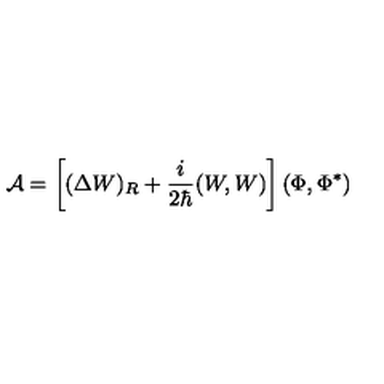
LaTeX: { \cal A } = \left[ ( \Delta W ) _ { R } + \frac { i } { 2 \hbar } ( W , W ) \right] ( \Phi , \Phi ^ { * } )